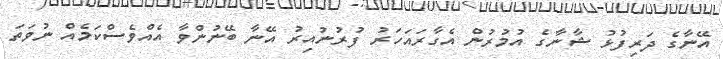
އޭނާގެ ދަރިފުޅު ޝާނާގެ އުމުރުން އެގާރައަހަރު ފުރުނުއިރު އޭނާ ބޭނުންވާ އެއްވެސްކަމެއް ނުވަތަ